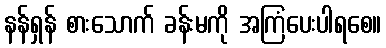
နန်ရှန် စားသောက် ခန်းမကို အကြံပေးပါရစေ။